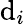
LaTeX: \mathrm{d}_{i}